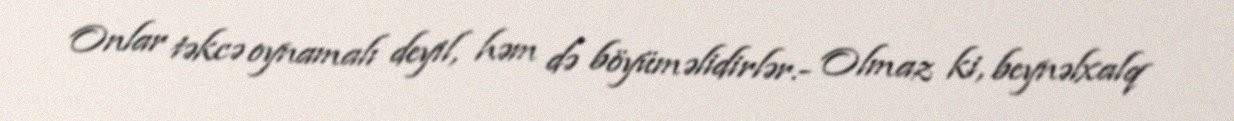
Onlar təkcə oynamalı deyil, həm də böyüməlidirlər.- Olmaz ki, beynəlxalq